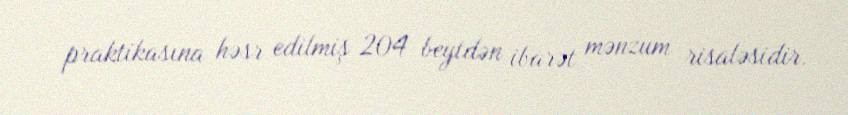
praktikasına həsr edilmiş 204 beytdən ibarət mənzum risaləsidir.